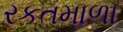
રકતમાળા